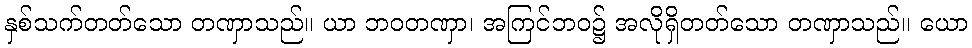
နှစ်သက်တတ်သော တဏှာသည်။ ယာ ဘဝတဏှာ၊ အကြင်ဘဝ၌ အလိုရှိတတ်သော တဏှာသည်။ ယော